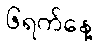
၆ရက်နေ့